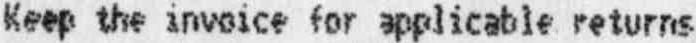
KEEP THE INVOICE FOR APPLICABLE RETURNS